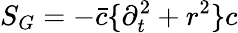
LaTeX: S_{G}=-\bar{c}\{ \partial_{t}^{2}+r^{2}\} c